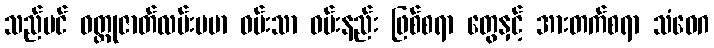
သည်ပင် ဝတ္ထုဇာတ်လမ်းပမာ ဝမ်းသာ ဝမ်းနည်း ဖြစ်စရာ တွေနှင့် အားတက်စရာ သံဝေဂ